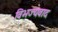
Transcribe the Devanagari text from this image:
विभज्यवाद